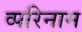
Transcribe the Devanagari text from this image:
व्परिनाम